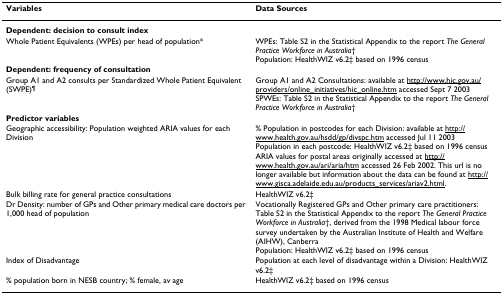
| Variables | Data Sources |
 | --- | --- |
 | <COLSPAN=2> Dependent: decision to consult index |
 | Whole Patient Equivalents (WPEs) per head of population* | WPEs: Table S2 in the Statistical Appendix to the report The General Practice Workforce in Australia†Population: HealthWIZ v6.2‡ based on 1996 census |
 | <COLSPAN=2> Dependent: frequency of consultation |
 | Group A1 and A2 consults per Standardized Whole Patient Equivalent (SWPE)¶ | Group A1 and A2 Consultations: available at http://www.hic.gov.au/providers/online_initiatives/hic_online.htm accessed Sept 7 2003SPWEs: Table S2 in the Statistical Appendix to the report The General Practice Workforce in Australia† |
 | <COLSPAN=2> Predictor variables |
 | Geographic accessibility: Population weighted ARIA values for each Division | % Population in postcodes for each Division: available at http://www.health.gov.au/hsdd/gp/divspc.htm accessed Jul 11 2003Population in each postcode: HealthWIZ v6.2‡ based on 1996 censusARIA values for postal areas originally accessed at http://www.health.gov.au/ari/aria/htm accessed 26 Feb 2002. This url is no longer available but information about the data can be found at http://www.gisca.adelaide.edu.au/products_services/ariav2.html. |
 | Bulk billing rate for general practice consultations | HealthWIZ v6.2‡ |
 | Dr Density: number of GPs and Other primary medical care doctors per 1,000 head of population | Vocationally Registered GPs and Other primary care practitioners: Table S2 in the Statistical Appendix to the report The General Practice Workforce in Australia†, derived from the 1998 Medical labour force survey undertaken by the Australian Institute of Health and Welfare (AIHW), CanberraPopulation: HealthWIZ v6.2‡ based on 1996 census |
 | Index of Disadvantage | Population at each level of disadvantage within a Division: HealthWIZ v6.2‡ |
 | % population born in NESB country; % female, av age | HealthWIZ v6.2‡ based on 1996 census |